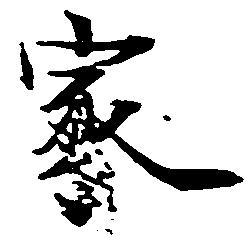
家